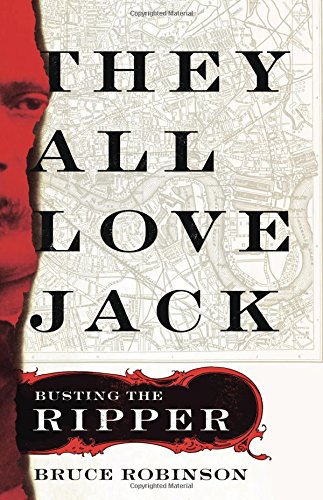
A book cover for They All Love Jack: Busting the Ripper; Bruce Robinson; Biographies & Memoirs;